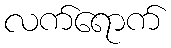
လက်ရောက်